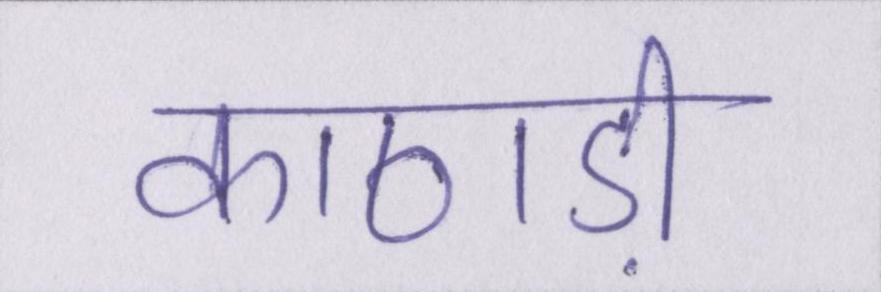
काठाड़ी